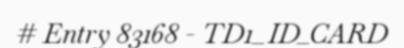
# Entry 83168 - TD1_ID_CARD